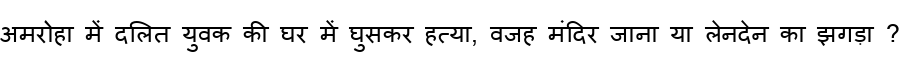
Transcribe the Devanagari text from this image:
अमरोहा में दलित युवक की घर में घुसकर हत्या, वजह मंदिर जाना या लेनदेन का झगड़ा ?